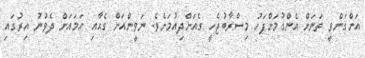
އަންގަންވީ ތަނަށް އެންގުމަށްފަހު މިސްރާބުޖެހީ ގެއަށްދިއުމަށެވެ. ނަވީންއަށް ގެއާއި ހަމައަށް ދެވުނު އިރުގައި